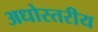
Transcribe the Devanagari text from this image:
अधोस्तरीय